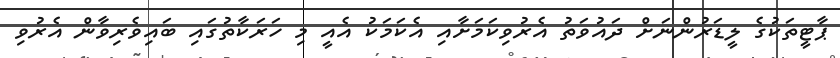
ޕާޓީތަކުގެ ލީޑަރުންނަށް ދައުވަތު އެރުވިކަމަށާއި އެކަމަކު އެއީ މި ހަރަކާތުގައި ބައިވެރިވާން އެރުވި